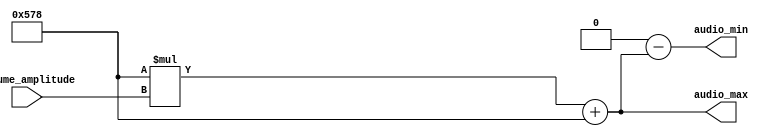
module volume_control(
volume_amplitude,
audio_max,
audio_min
    );
    input [3:0]volume_amplitude;        // controled by up_down counter
    output reg [15:0]audio_max;             // the output frequency and will be sent to buzzer control module
    output reg [15:0]audio_min;             // the output frequency and will be sent to buzzer control module
    
    always@*
    begin           // under 2's complement principle
        audio_max = (16'd1400) * volume_amplitude + 16'd1400;
        audio_min = 16'd0 - ((16'd1400) * volume_amplitude + 16'd1400);
    end
endmodule